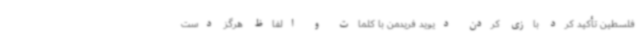
فلسطین تأکید کرد بازی کردن دیوید فریدمن با کلمات و الفاظ هرگز دست